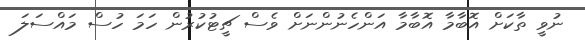
ނުވީ ތާކަށް އޮބާމާ އޮބާމާ އަންހެނުންނަށް ވެސް ޗީޓުކުރުން ހަމަ ހުސް މައްސަލަ